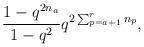
LaTeX: \begin{align*}\frac{1-q^{2n_{a}}}{1-q^{2}}q^{2\sum_{p=a+1}^{r}n_{p}}, \end{align*}